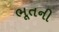
ભૂતની